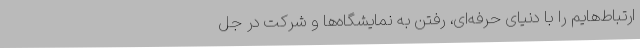
ارتباط‌هایم را با دنیای حرفه‌ای، رفتن به نمایشگاه‌ها و شرکت در جل